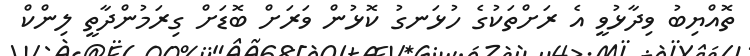
ތޮއްޔިބު ވިދާޅުވީ އެ ރަށްތަކުގެ ހުޅަނގު ކޮޅުން ވަރަށް ބޮޑަށް ގިރަމުންދާތީ ލިންކް